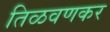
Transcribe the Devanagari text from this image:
तिळवणकर